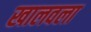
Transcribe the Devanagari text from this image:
खालवला